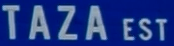
TAZAEST